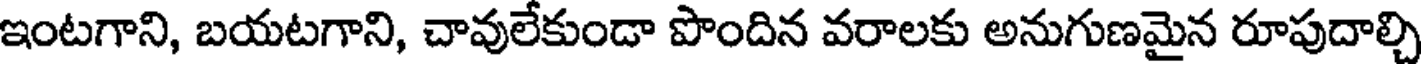
ఇంటగాని, బయటగాని, చావులేకుండా పొందిన వరాలకు అనుగుణమైన రూపుదాల్చి